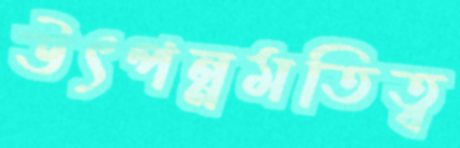
উৎপন্নমতিত্ব